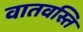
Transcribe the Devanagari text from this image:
वातवस्ति